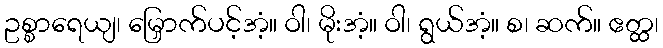
ဥစ္စာရေယျ၊ မြှောက်ပင့်အံ့။ ဝါ၊ မိုးအံ့။ ဝါ၊ ရွယ်အံ့။ စ၊ ဆက်။ ဧတ္ထ၊